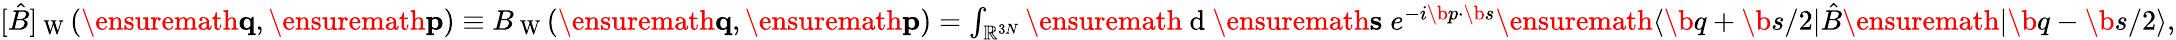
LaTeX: \begin{array}{r}{[\hat{B}]_{\mathrm{~W~}}(\ensuremath{\mathbf{q}},\ensuremath{\mathbf{p}})\equiv B_{\mathrm{~W~}}(\ensuremath{\mathbf{q}},\ensuremath{\mathbf{p}})=\int_{\mathbb{R}^{3N}}\ensuremath{\mathrm{~d~}}\ensuremath{\mathbf{s}}\; e^{-i\b{p}\cdot\b{s}}\ensuremath{\langle\b{q}+\b{s}/2\vert}\hat{B}\ensuremath{\vert\b{q}-\b{s}/2\rangle},}\end{array}